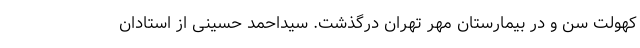
کهولت سن و در بیمارستان مهر تهران درگذشت. سیداحمد حسینی از استادان